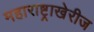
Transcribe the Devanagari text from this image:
महाराष्ट्राखेरीज